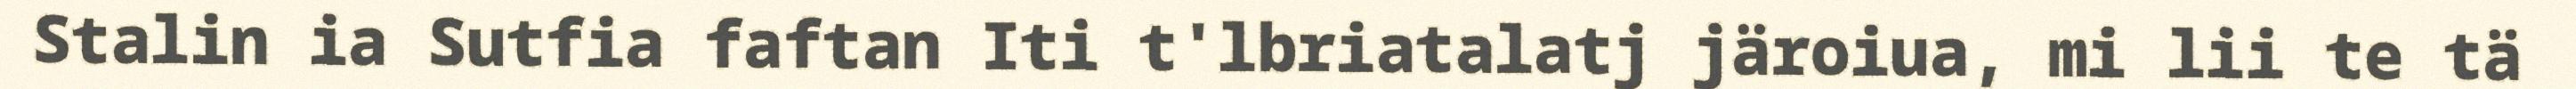
Stalin ia Sutfia faftan Iti t'lbriatalatj järoiua, mi lii te tä